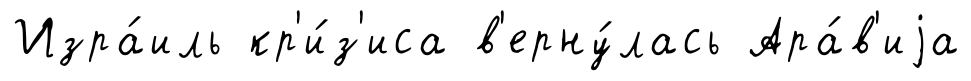
Изра́иль кр'и́з'иса в'ерну́лась Ара́в'иjа